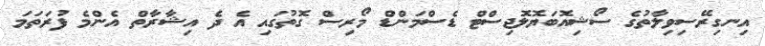
އިނގިރޭސިވިލާތުގެ ސޯޝިއޮބަޔޮލޮޖިސްޓް ޑެސްމަންޑް މޯރިސް ގޮތުގައި އެ ދެ އިޝާރާތް އެންމެ ފުރަތަމަ